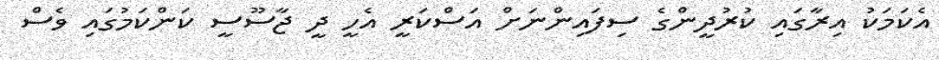
އެކަމަކު އިރާގައި ކުރުދީންގެ ސިފައިންނަށް އަސްކަރީ އެހީ ދީ ޖާސޫސީ ކަންކަމުގައި ވެސް